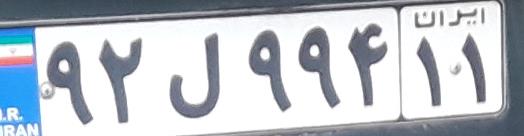
۹۲ل۹۹۴۱۱